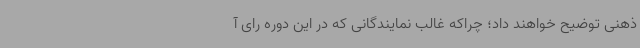
ذهنی توضیح خواهند داد؛ چراکه غالب نمایندگانی که در این دوره رای آ